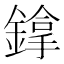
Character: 鎿